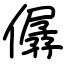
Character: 僝